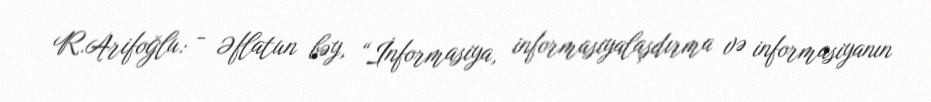
R.Arifoğlu: - Əflatun bəy, “İnformasiya, informasiyalaşdırma və informasiyanın